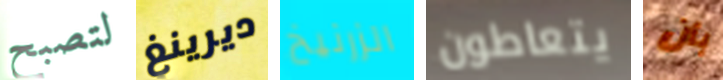
لتصبح ديرينغ الزرنيخ يتعاطون بأن